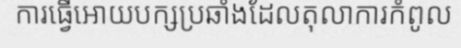
ការធ្វើអោយបក្សប្រឆាំងដែលតុលាការកំពូល